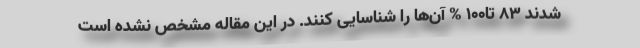
شدند ۸۳ تا۱۰۰ % آن‌ها را شناسایی کنند. در این مقاله مشخص نشده است